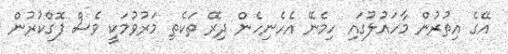
އޭގެ އިތުރުން މާހައުލުގައި ހިމެނޭ އެހެނިހެން ދިރޭ ތަކެތި މަރުވުމަކީ ވެސް ފޮގްކުރުން